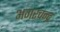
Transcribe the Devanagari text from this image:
अगरचन्द्र